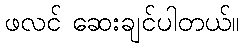
ဖလင် ဆေးချင်ပါတယ်။